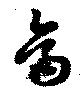
烏